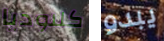
كلاوديا يبدو